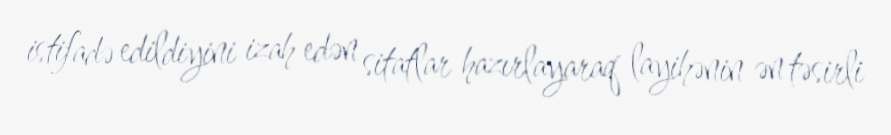
istifadə edildiyini izah edən sitatlar hazırlayaraq layihənin ən təsirli